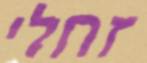
זחלי